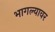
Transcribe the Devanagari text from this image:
भागल्यावर